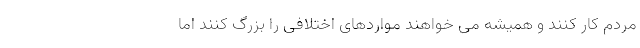
مردم کار کنند و همیشه می خواهند مواردهای اختلافی را بزرگ کنند اما